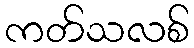
ကတ်သလစ်